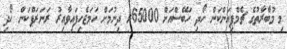
މި މުބާރާތުގެ ޗެމްޕިއަންކަން ހޯދި ހަބޭސްއަށް 65000ރ ދިނުމަށް ހަމަޖެހިފައިވާއިރު ރަނަރަޕްކަން ހޯދި